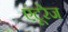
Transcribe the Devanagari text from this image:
एंटूरेज